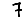
Digit: 7